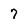
Character: 7